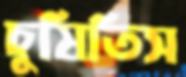
চুষিতিস